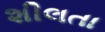
શીલતા